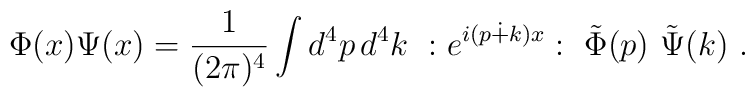
\Phi(x) \Psi(x) = \frac{1}{(2\pi)^4} \int d^4p \, d^4k ~ :e^{i (p \dot{+} k)   x}:~ \tilde{\Phi}(p) ~ \tilde{\Psi}(k)~.